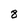
Character: 8